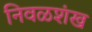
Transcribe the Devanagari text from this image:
निवळशंख